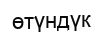
өтүндүк